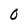
Character: 0